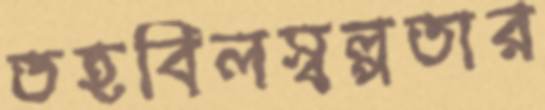
তহবিলস্বল্পতার